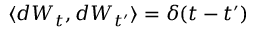
\langle d W _ { t } , d W _ { t ^ { \prime } } \rangle = \delta ( t - t ^ { \prime } )